Lunatic asylums Madras 1877-1891 - 1877-1891
Year: 1877
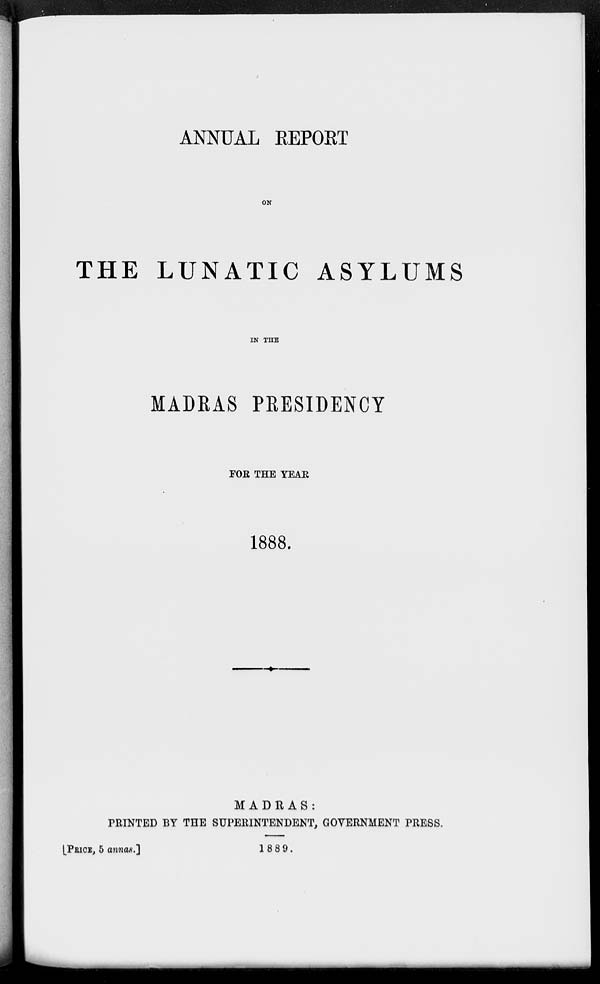
ANNUAL REPORT
ON
THE LUNATIC ASYLUMS
IN THE
MADRAS PRESIDENCY
FOR THE YEAR
1888.
MADRAS:
PRINTED BY THE SUPERINTENDENT, GOVERNMENT PRESS.
[PRICE, 5 annas.]
1889.